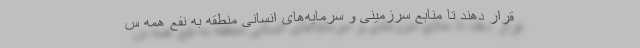
قرار دهند تا منابع سرزمینی و سرمایه‌های انسانی منطقه به نفع همه س